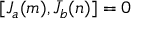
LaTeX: [ J _ { a } ( m ) , \bar { J } _ { b } ( n ) ] = 0